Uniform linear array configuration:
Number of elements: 32
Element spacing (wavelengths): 0.25
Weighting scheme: hann
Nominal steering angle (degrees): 0
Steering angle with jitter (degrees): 1.669
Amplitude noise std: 0.05
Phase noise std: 0.05

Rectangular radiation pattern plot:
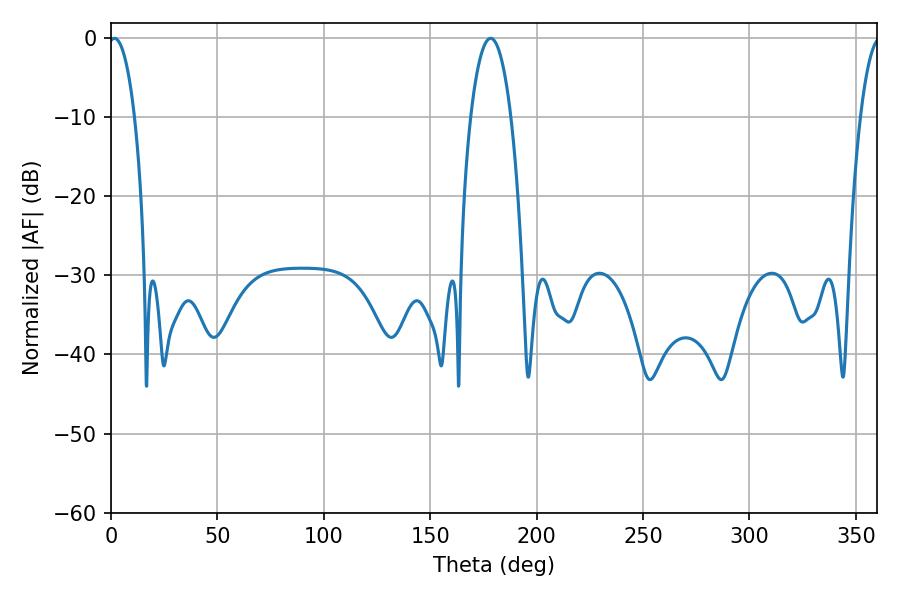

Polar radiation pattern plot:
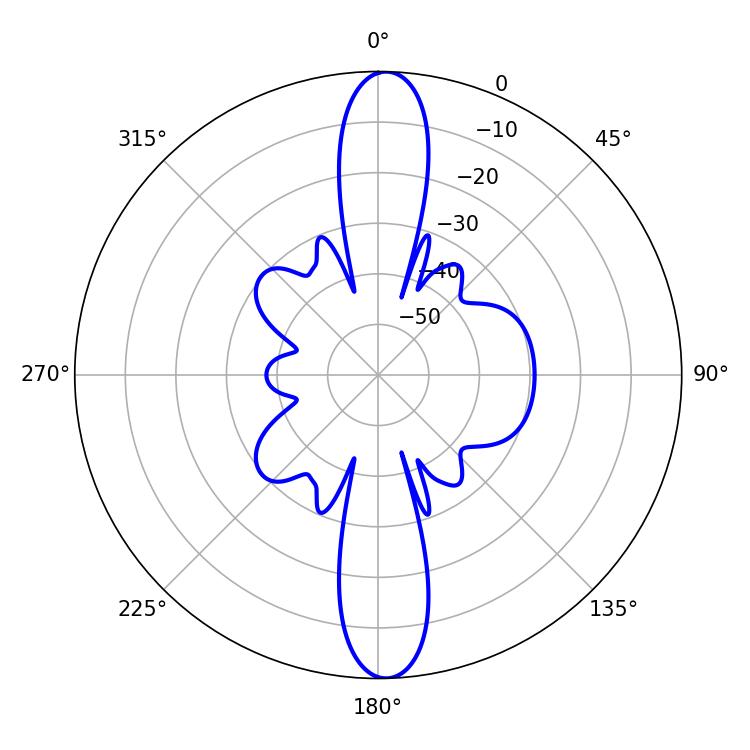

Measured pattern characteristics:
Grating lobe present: FALSE
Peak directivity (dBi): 22.463
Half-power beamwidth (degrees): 6.84
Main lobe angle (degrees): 1.62